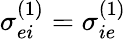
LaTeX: \sigma_{ei}^{(1)}=\sigma_{ie}^{(1)}